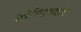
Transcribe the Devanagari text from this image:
नेमेस्ट्रिमाइडी